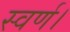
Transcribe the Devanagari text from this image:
स्वर्ण।